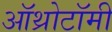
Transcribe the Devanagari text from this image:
ऑथ्रोटॉमी